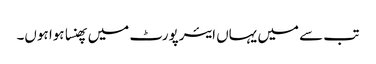
تب سے میں یہاں ایئرپورٹ میں پھنسا ہوا ہوں۔